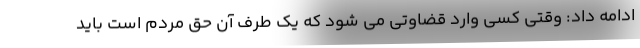
ادامه داد: وقتی کسی وارد قضاوتی می شود که یک طرف آن حق مردم است باید